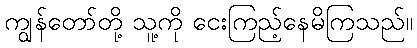
ကျွန်တော်တို့ သူ့ကို ငေးကြည့်နေမိကြသည်။